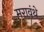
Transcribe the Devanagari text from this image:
मरावंथे